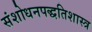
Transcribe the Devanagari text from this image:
संशोधनपद्धतिशास्त्र